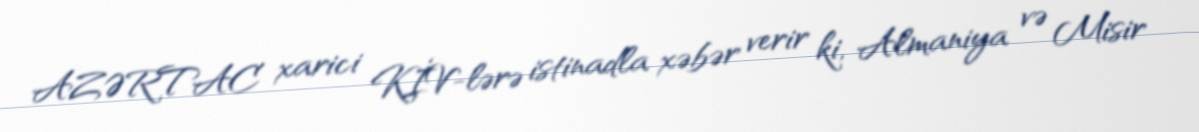
AZƏRTAC xarici KİV-lərə istinadla xəbər verir ki, Almaniya və Misir